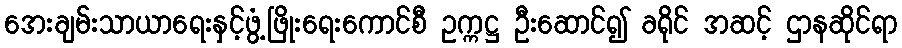
အေးချမ်းသာယာရေးနှင့်ဖွံ့ဖြိုးရေးကောင်စီ ဥက္ကဋ္ဌ ဦးဆောင်၍ ခရိုင် အဆင့် ဌာနဆိုင်ရာ